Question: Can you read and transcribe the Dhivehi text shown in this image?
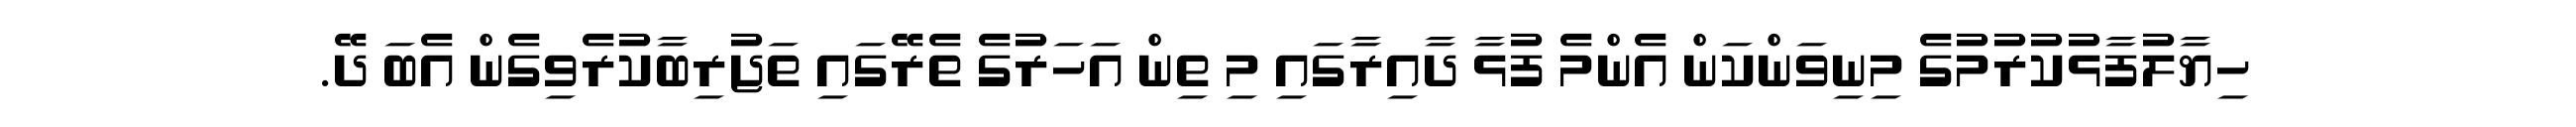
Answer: ހިޔާލުފާޅުކުރުމުގެ މިނިވަންކަން އެންމެ ފުޅާ ދާއިރާގައި މި ތިން އަހަރުގެ ތެރޭގައި ތަޖުރިބާކުރެވިގެން އެބަ ދޭ.